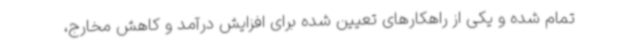
تمام شده و یکی از راهکارهای تعیین شده برای افزایش درآمد و کاهش مخارج،